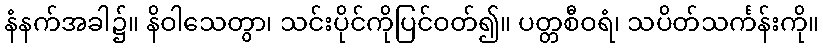
နံနက်အခါ၌။ နိဝါသေတွာ၊ သင်းပိုင်ကိုပြင်ဝတ်၍။ ပတ္တစီဝရံ၊ သပိတ်သင်္ကန်းကို။